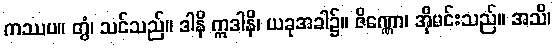
ကဿပ။ တွံ၊ သင်သည်။ ဒါနိ ဣဒါနိ၊ ယခုအခါ၌။ ဇိဏ္ဏော၊ အိုမင်းသည်။ အသိ၊